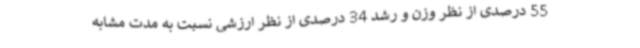
55 درصدی از نظر وزن و رشد 34 درصدی از نظر ارزشی نسبت به مدت مشابه